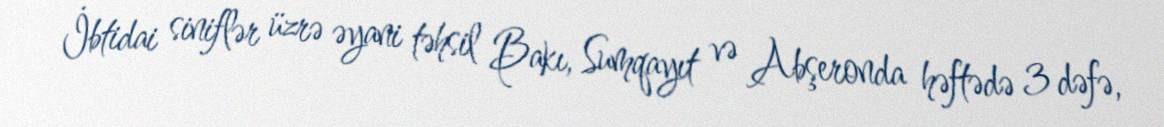
İbtidai siniflər üzrə əyani təhsil Bakı, Sumqayıt və Abşeronda həftədə 3 dəfə,